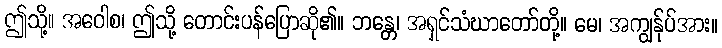
ဤသို့။ အဝေါစ၊ ဤသို့ တောင်းပန်ပြောဆို၏။ ဘန္တေ၊ အရှင်သံဃာတော်တို့။ မေ၊ အကျွန်ုပ်အား။